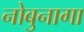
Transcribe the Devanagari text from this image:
नोबुनागा